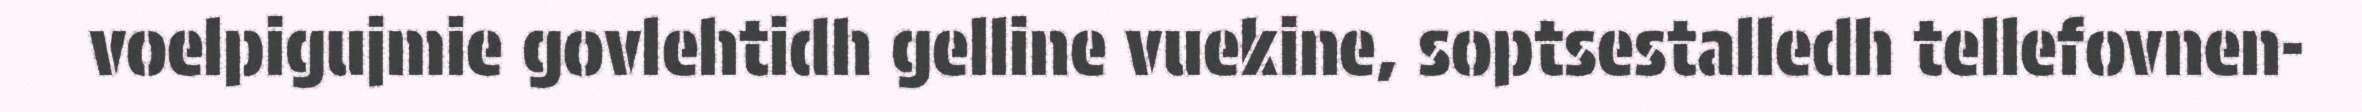
voelpigujmie govlehtidh gelline vuekine, soptsestalledh tellefovnen-